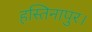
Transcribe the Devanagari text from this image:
हस्तिनापुर।